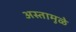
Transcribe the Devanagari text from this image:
अस्तामुळे